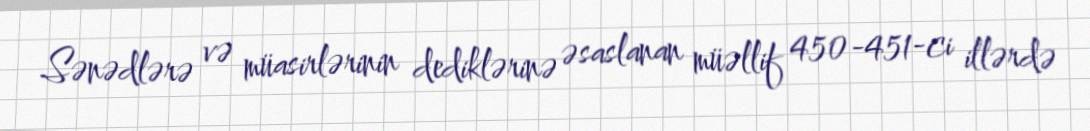
Sənədlərə və müasirlərinin dediklərinə əsaslanan müəllif 450-451-ci illərdə